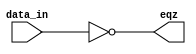
//Define 16 bit comparator
module comparator16(eqz, data_in);
	input[15:0] data_in;
	output eqz;

	assign eqz = (data_in == 0);
endmodule